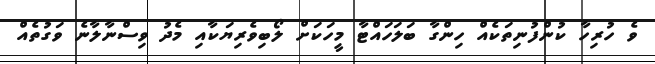
ވެ ހުރިހާ ކުންފުނިތަކެއް ހިންގާ ބަލަހައްޓާ މީހަކަށް ލޯބިވެރިޔަކާއި މެދު ވިސްނާލާނެ ވަގުތެއް